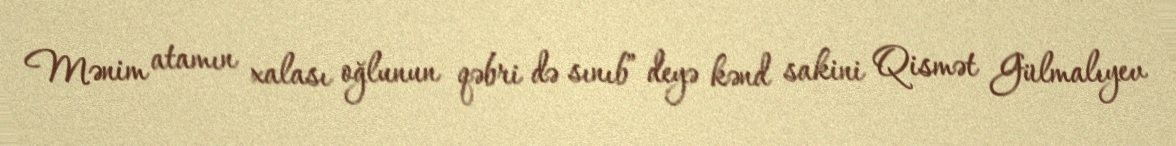
Mənim atamın xalası oğlunun qəbri də sınıb” deyə kənd sakini Qismət Gülmalıyev